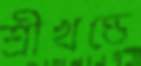
শ্রীখণ্ডে